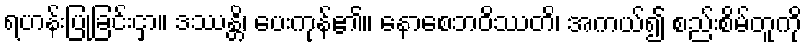
ရဟန်းပြုခြင်းငှာ။ ဒဿန္တိ၊ ပေးကုန်၏။ နောစေဘဝိဿတိ၊ အကယ်၍ စည်းစိမ်တူကို